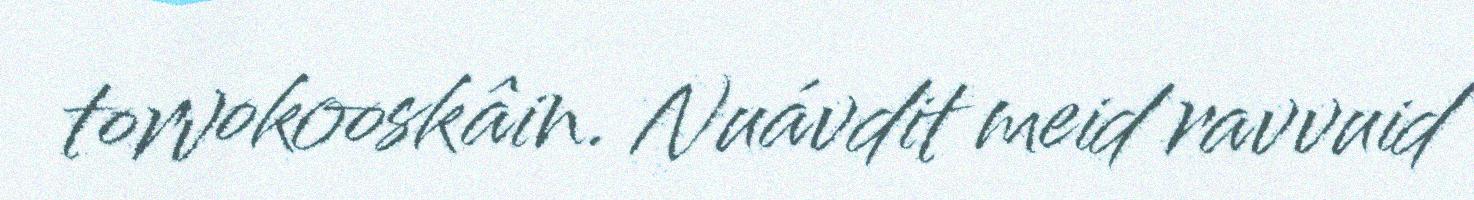
torvokooskâin. Nuávdit meid ravvuid